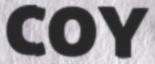
COY